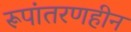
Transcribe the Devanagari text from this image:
रूपांतरणहीन